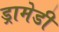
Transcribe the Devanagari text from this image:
ड्रामेडी